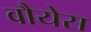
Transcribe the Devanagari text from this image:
वौयेस